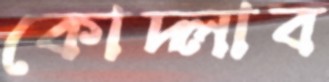
কোদ্‌লাব